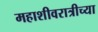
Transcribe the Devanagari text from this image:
महाशीवरात्रीच्या